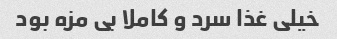
خیلی غذا سرد و کاملا بی مزه بود